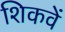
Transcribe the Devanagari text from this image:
शिकवें